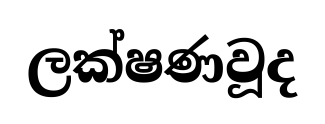
ලක්ෂණවූද